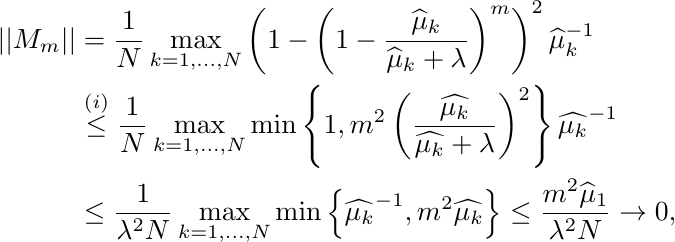
\begin{align*}
||M_m|| &= \frac{1}{N}\max_{k=1, \ldots, N} \left(1 - \left(1-\frac{\widehat{\mu}_k}{\widehat{\mu}_k + \lambda}\right)^m\right)^2 \widehat{\mu}_k^{-1} \\  &\stackrel{(i)}{\leq}
\frac{1}{N}\max_{k=1, \ldots, N} \min\left\{1, m^2 \left(\frac{\widehat{\mu_k}}{\widehat{\mu_k} + \lambda}\right)^2\right\} \widehat{\mu_k}^{-1}  \\
&\leq \frac{1}{\lambda^2  N } \max_{k=1, \ldots, N} \min\left\{\widehat{\mu_k}^{-1}, m^2 \widehat{\mu_k}\right\} \leq \frac{m^2 \widehat{\mu}_1}{\lambda^2 N } \rightarrow 0,
\end{align*}